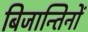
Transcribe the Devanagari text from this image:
बिजान्तिनों